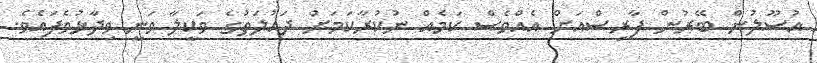
އުސޫލުން ބޭރުން ފާރިސްއަށް އެއްވެސް ކަމެއް ނުކުރާކަމަށް ދައުލަތުގެ ވަކީލާ ވަނީ ވިދާޅުވެފައެވެ.